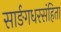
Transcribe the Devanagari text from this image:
सार्ङगधरसंहिता